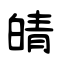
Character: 皘